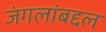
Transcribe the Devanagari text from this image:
जंगलांबद्दल